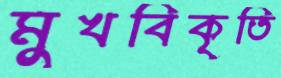
মুখবিকৃতি